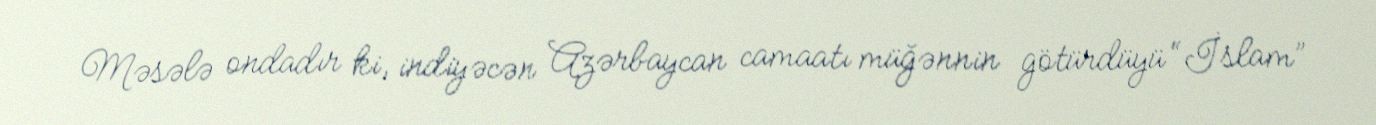
Məsələ ondadır ki, indiyəcən Azərbaycan camaatı müğənnin götürdüyü “İslam”